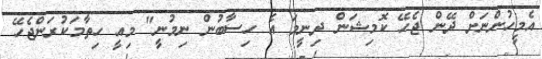
އެމީހުންނަށް ދޭން ޖެހޭ ކޮމިޝަން ދިނީމަ އެ ހިސާބުން ނިމުނީ" މިއީ ހިތާމަކުރަންޖެހޭ